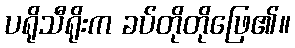
ပရိုသီရိုးက ခပ်တိုတိုဖြေ၏။